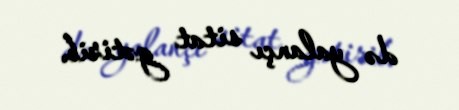
də yalançı sitat gətirib.